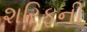
શરિફની